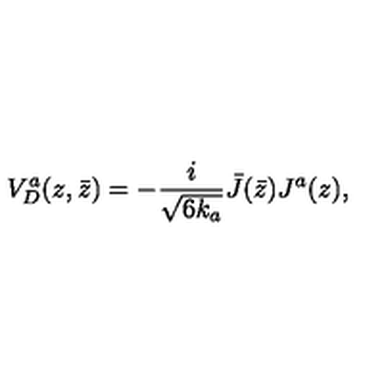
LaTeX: V _ { D } ^ { a } ( z , \bar { z } ) = - { \frac { i } { \sqrt { 6 k _ { a } } } } \bar { J } ( \bar { z } ) J ^ { a } ( z ) ,